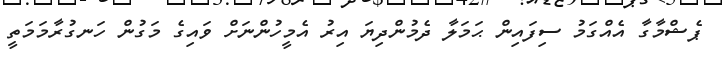
ޕެޝްމާގާ އެއްގަމު ސިފައިން ޙަމަލާ ދެމުންދިޔަ އިރު އެމީހުންނަށް ވައިގެ މަގުން ހަނގުރާމަމަތީ